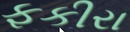
ફકીરા